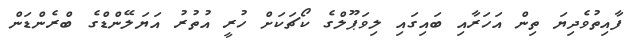
ފާއިތުވެދިޔަ ތިން އަހަރާއި ބައިގައި ލިވަޕޫލްގެ ކޯޗަކަށް ހުރީ އުތުރު އަޔަލޭންޑްގެ ބްރެންޑަން